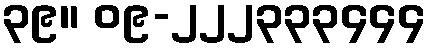
၃၉။ ၀၉-၂၂၂၃၃၃၄၄၄